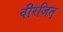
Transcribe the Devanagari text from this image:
वीरजित्